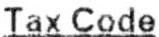
TAX CODE